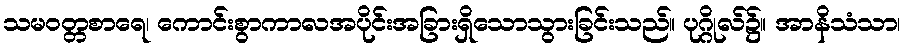
သမဝတ္တစာရေ၊ ကောင်းစွာကာလအပိုင်းအခြားရှိသောသွားခြင်းသည်။ ပုဂ္ဂိုလ်၌။ အာနိသံသာ၊